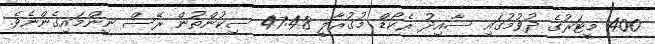
400 މީޓަރުގެ ދުވުމުގައި ސާއިދު ރެކޯޑް މުގުރާލީ 47:48 ސިކުންތުން ރޭސް ނިންމައިގެންނެވެ.